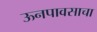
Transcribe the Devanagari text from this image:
ऊनपावसाचा